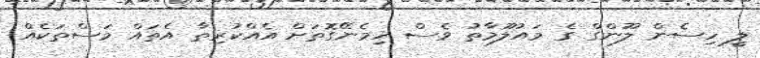
ލީ ހިސެން ލޫންގް ގެ މައުލޫމާތު ވެސް ހިމެނޭގޮތަށް އެއްކުރިތާ އެތައް މަސްތަކެއް